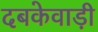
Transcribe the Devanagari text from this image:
दबकेवाड़ी